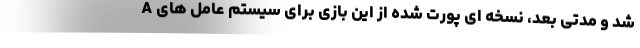
شد و مدتی بعد، نسخه ای پورت شده از این بازی برای سیستم عامل های A